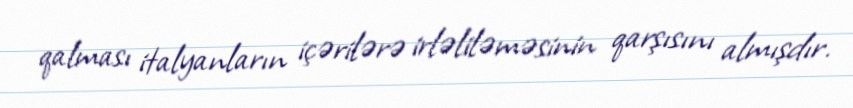
qalması italyanların içərilərə irləliləməsinin qarşısını almışdır.